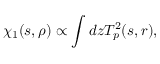
\chi _ { 1 } ( s , \rho ) \propto \int d z T _ { p } ^ { 2 } ( s , r ) ,